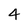
Character: 4